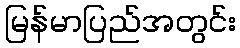
မြန်မာပြည်အတွင်း